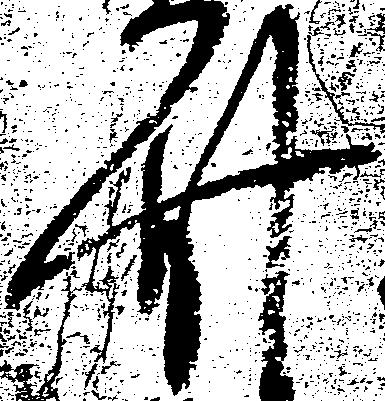
此